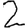
Digit: 2